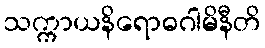
သက္ကာယနိရောဓဂါမိနီတိ